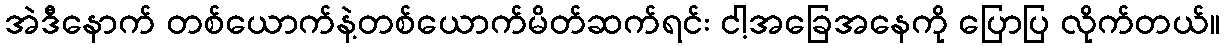
အဲဒီနောက် တစ်ယောက်နဲ့တစ်ယောက်မိတ်ဆက်ရင်း ငါ့အခြေအနေကို ပြောပြ လိုက်တယ်။